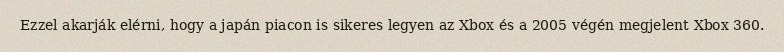
Ezzel akarják elérni, hogy a japán piacon is sikeres legyen az Xbox és a 2005 végén megjelent Xbox 360.